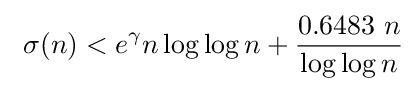
\ \sigma (n)<e^{\gamma }n\log \log n+{\frac {0.6483\ n}{\log \log n}}